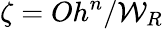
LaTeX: \zeta=Oh^{n}/{\mathcal{W}}_{R}